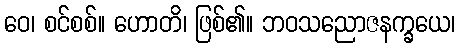
ဝေ၊ စင်စစ်။ ဟောတိ၊ ဖြစ်၏။ ဘဝသညောဇနက္ခယေ၊